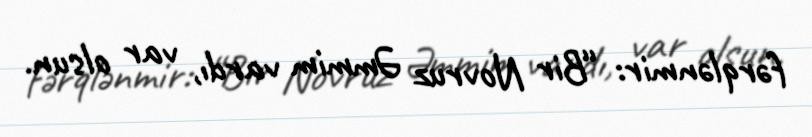
fərqlənmir: “Bir Novruz Əmmim vardı, var olsun.